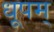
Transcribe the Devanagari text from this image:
धूपम्‌